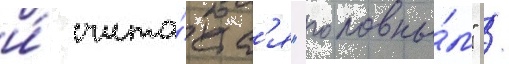
и́ счита́етс'я "головны́м" /